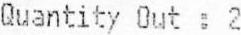
QUANTITY OUT : 2